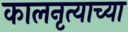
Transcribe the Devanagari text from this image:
कालनृत्याच्या